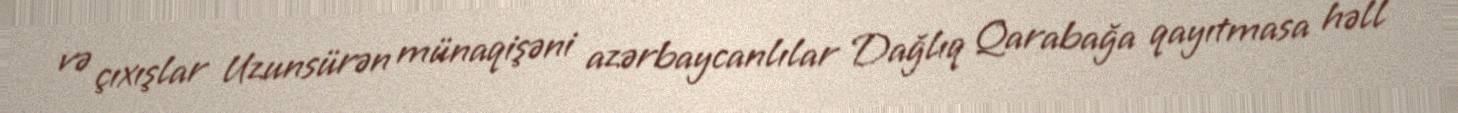
və çıxışlar Uzunsürən münaqişəni azərbaycanlılar Dağlıq Qarabağa qayıtmasa həll